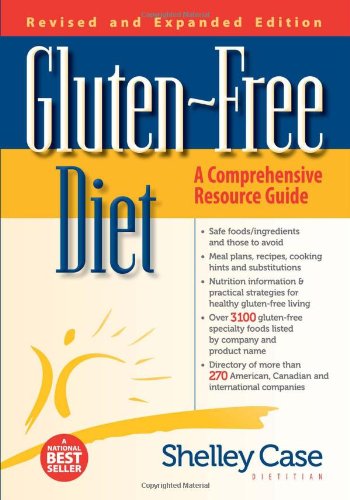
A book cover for Gluten-Free Diet: A Comprehensive Resource Guide- Expanded and Revised Edition; Shelley Case; Health, Fitness & Dieting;